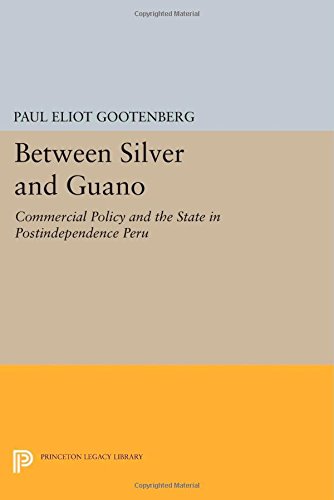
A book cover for Between Silver and Guano: Commercial Policy and the State in Postindependence Peru (Princeton Legacy Library); Paul Eliot Gootenberg; Business & Money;